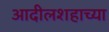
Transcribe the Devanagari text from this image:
आदीलशहाच्या